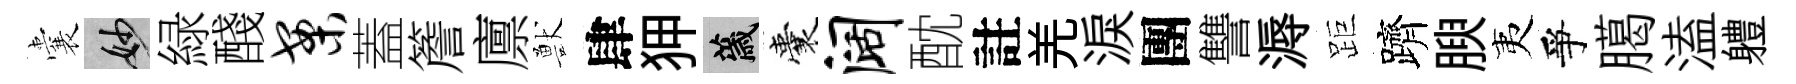
囊妙緑醆案蓋簷廪獸肆狎薉囊阔酖註羌淚團讐溽距躋腴夷爭臈溘軆